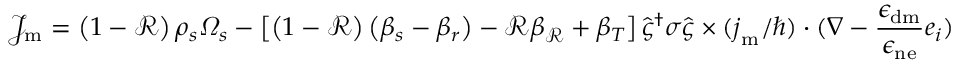
\mathcal { J } _ { \mathrm { m } } = \left( 1 - \mathcal { R } \right) \rho _ { s } \varOmega _ { s } - \left[ \left( 1 - \mathcal { R } \right) \left( \beta _ { s } - \beta _ { r } \right) - \mathcal { R } \beta _ { \mathcal { R } } + \beta _ { T } \right] \hat { \varsigma } ^ { \dagger } \boldsymbol { \sigma } \hat { \varsigma } \times ( { \boldsymbol { j } _ { \mathrm { m } } } / { \hbar } ) \cdot ( \nabla - \frac { \epsilon _ { \mathrm { d m } } } { \epsilon _ { \mathrm { n e } } } \boldsymbol { e } _ { i } )